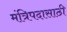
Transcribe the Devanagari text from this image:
मंत्रिपदासाठी